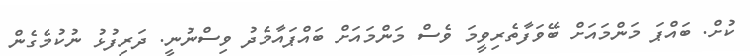
ކުށް. ބައްޕަ މަންމައަށް ބޭވަފާތެރިވީމަ ވެސް މަންމައަށް ބައްޕައާމެދު ވިސްނުނީ. ދަރިފުޅު ނުކުމެގެން